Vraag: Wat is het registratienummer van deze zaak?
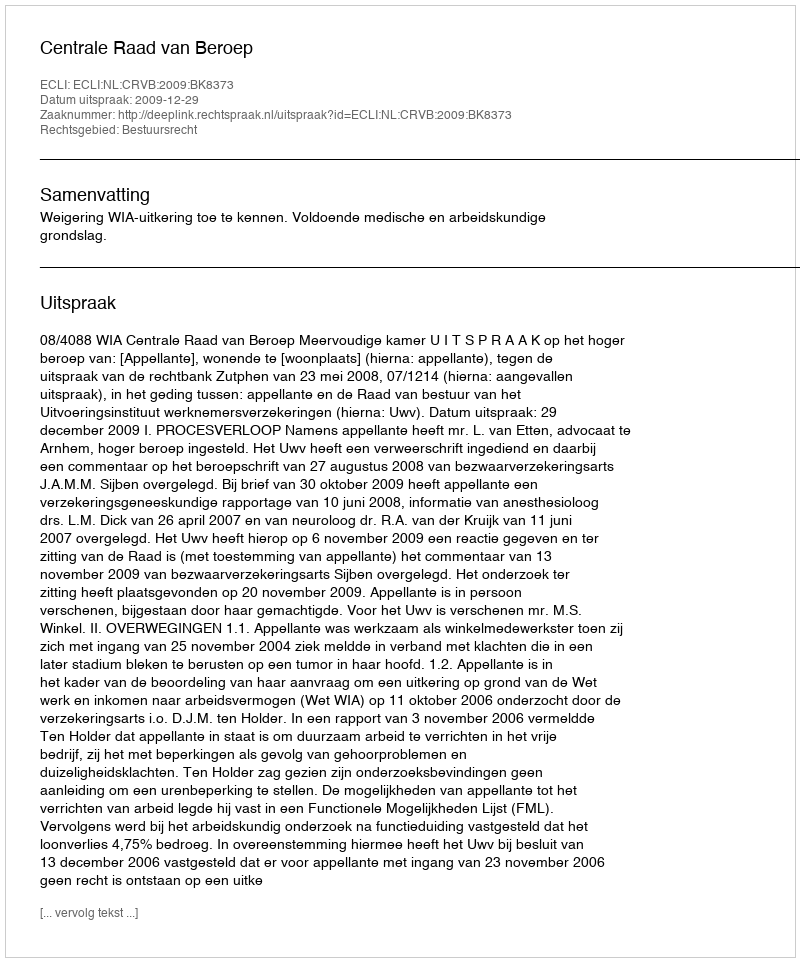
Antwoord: http://deeplink.rechtspraak.nl/uitspraak?id=ECLI:NL:CRVB:2009:BK8373